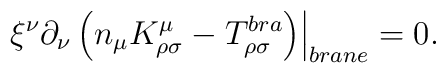
\left. \xi ^{\nu } \partial_{\nu }\left(n_{\mu} K^{\mu }_{\rho \sigma }-T^{bra}_{\rho \sigma}\right)\right|_{brane} =0.